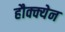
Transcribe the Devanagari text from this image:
हौक्क्येन